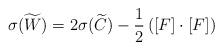
LaTeX: \begin{align*}\sigma(\widetilde{W}) = 2 \sigma(\widetilde{C}) - \frac{1}{2}\left ( [F] \cdot [F]\right )\end{align*}